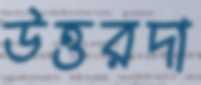
উত্তরদা